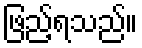
ဖြည့်ရသည်။